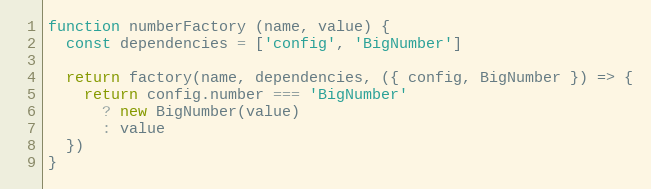
Language: JavaScript
function numberFactory (name, value) {
  const dependencies = ['config', 'BigNumber']

  return factory(name, dependencies, ({ config, BigNumber }) => {
    return config.number === 'BigNumber'
      ? new BigNumber(value)
      : value
  })
}